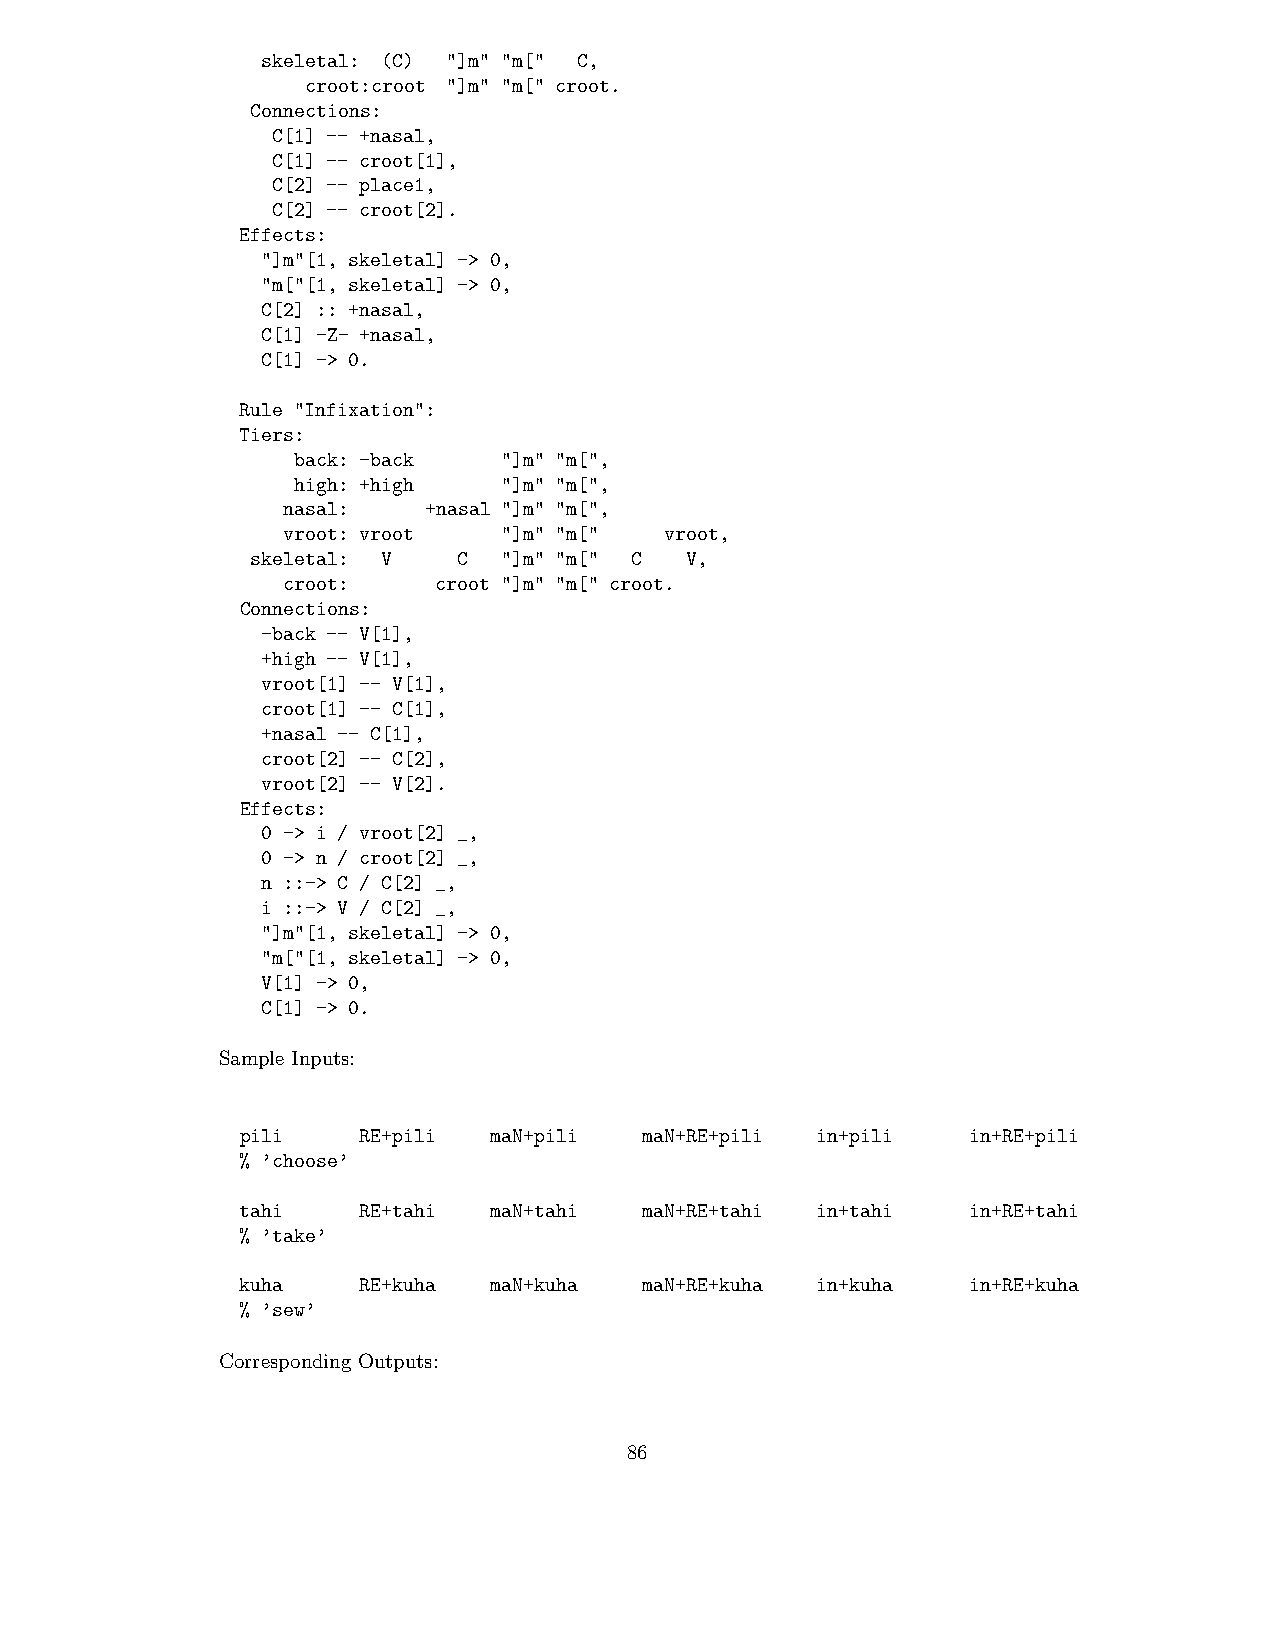
skeletal: (C) "]m" "m[" C,
 croot:croot "]m" "m[" croot.
 Connections:
 C[1] -- +nasal,
 C[1] -- croot[1],
 C[2] -- place1,
 C[2] -- croot[2].
 Effects:
 "]m"[1, skeletal] -> 0,
 "m["[1, skeletal] -> 0,
 C[2] :: +nasal,
 C[1] -Z- +nasal,
 C[1] -> 0.
 Rule "Infixation":
 Tiers:
 back: -back   "]m" "m[",
 high: +high   "]m" "m[",
 nasal:   +nasal "]m" "m[",
 vroot: vroot  "]m" "m["  vroot,
 skeletal: V  C  "]m" "m[" C V,
 croot:    croot "]m" "m[" croot.
 Connections:
 -back -- V[1],
 +high -- V[1],
 vroot[1] -- V[1],
 croot[1] -- C[1],
 +nasal -- C[1],
 croot[2] -- C[2],
 vroot[2] -- V[2].
 Effects:
 0 -> i / vroot[2] _,
 0 -> n / croot[2] _,
 n ::-> C / C[2] _,
 i ::-> V / C[2] _,
 "]m"[1, skeletal] -> 0,
 "m["[1, skeletal] -> 0,
 V[1] -> 0,
 C[1] -> 0.
 Sample Inputs:
 pili    RE+pili maN+pili   maN+RE+pili in+pili  in+RE+pili
 % ’choose’
 tahi    RE+tahi maN+tahi   maN+RE+tahi in+tahi  in+RE+tahi
 % ’take’
 kuha    RE+kuha maN+kuha   maN+RE+kuha in+kuha  in+RE+kuha
 % ’sew’
 CorrespondingOutputs:
 86